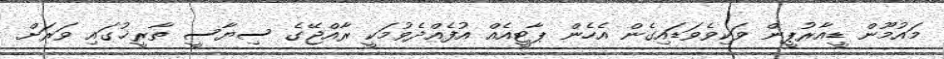
މައުމޫން ޑީއާރުޕީން ވަކިވެވަޑައިގެން އެހެން ޕާޓީއެއް އުފެއްދެވުމަކީ ރާއްޖޭގެ ސިޔާސީ ތާރީޚުގައި ވަރަށް